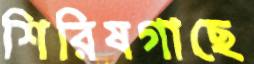
শিরিষগাছে